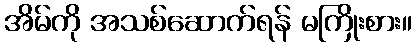
အိမ်ကို အသစ်ဆောက်ရန် မကြိုးစား။